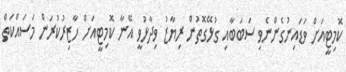
ކޮމިޓީއަށް ވަޑައިނުގެންނެވި ސަބަބާއި ގުޅޭގޮތުން ރިޔާޒު ވިދާޅުވީ އޭނާ ކޮމިޓީއަށް ހާޒިރުކުރަން މަސައްކަތް